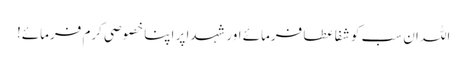
اللہ ان سب کو شفا عطا فرمائے اور شہدا پر اپنا خصوصی کرم فرمائے!